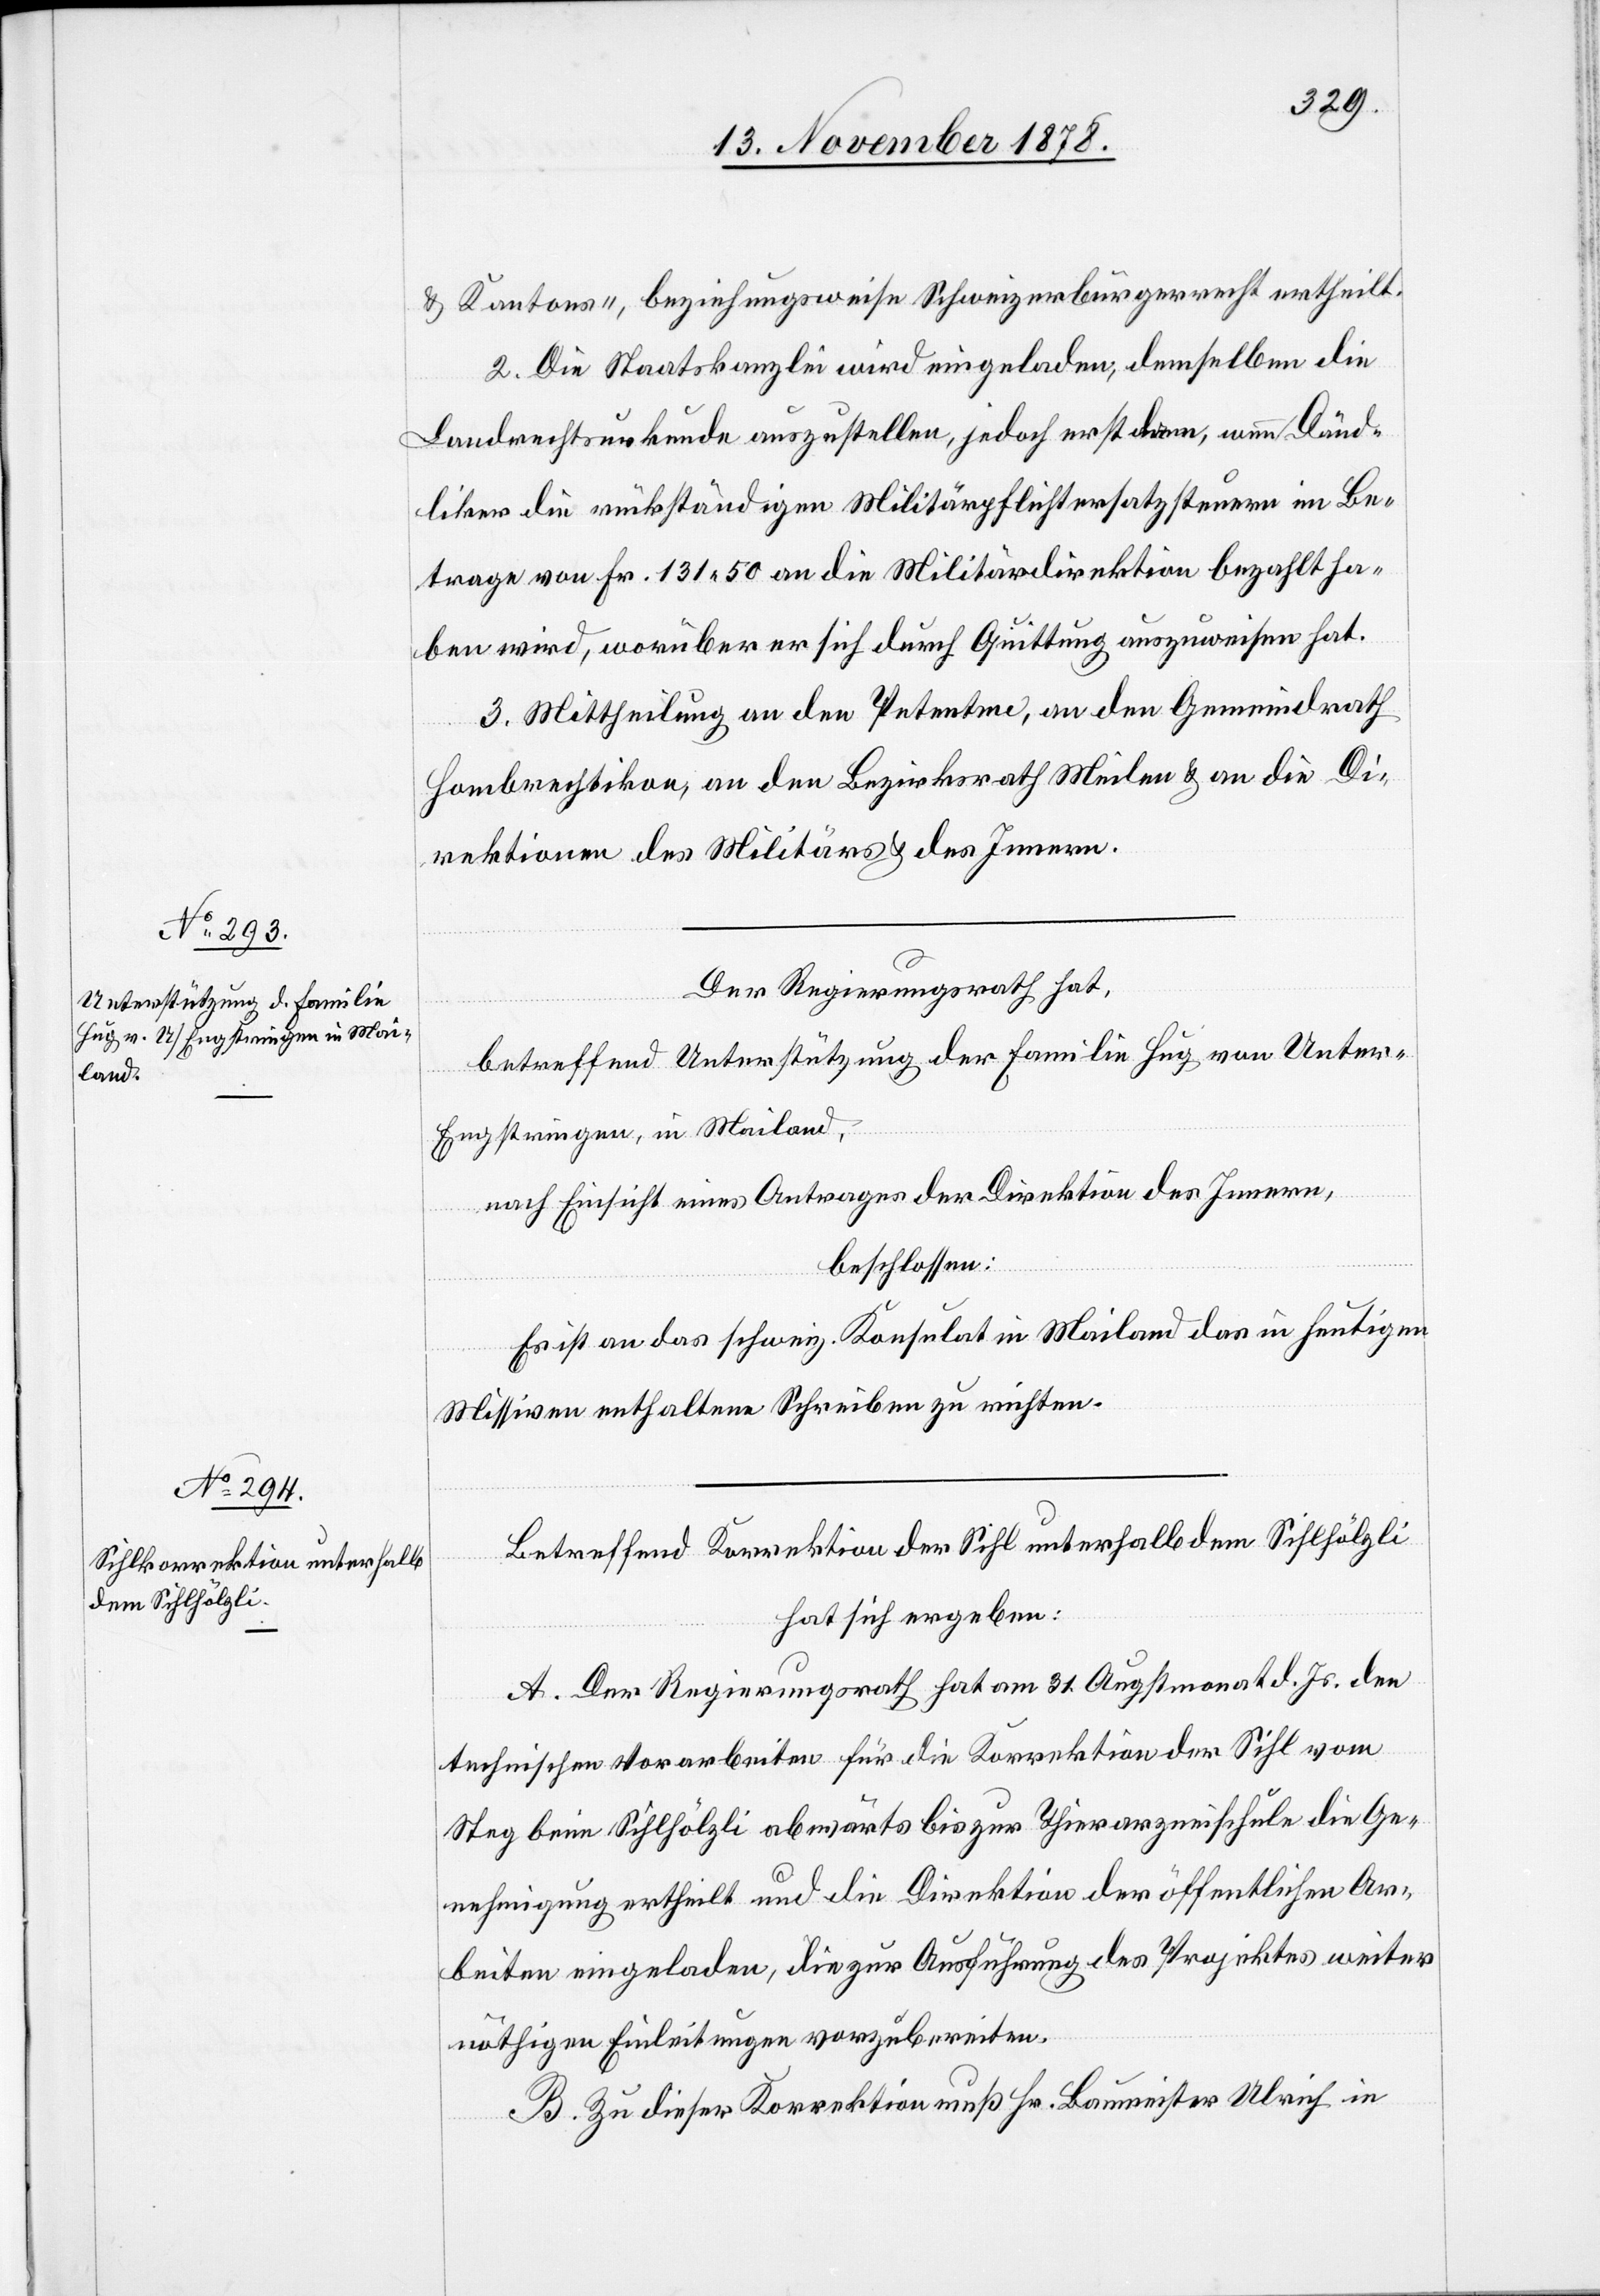
& Kantons-, beziehungsweise Schweizerbürgerrecht ertheilt.
2. Die Staatskanzlei wird eingeladen, demselben die
Landrechtsurkunde auszustellen, jedoch erst dann, wenn Dänd¬
liker die rückständigen Militärpflichtersatzsteuern im Be¬
trage von Fr. 131 50 an die Militärdirektion bezahlt ha¬
ben wird, worüber er sich durch Quittung auszuweisen hat.
3. Mittheilung an den Petenten, an den Gemeindrath
Hombrechtikon, an den Bezirksrath Meilen & an die Di¬
rektionen des Militärs & des Innern.
Der Regierungsrath hat,
betreffend Unterstützung der Familie Hug von Unte¬
r-Engstringen, in Mailand,
nach Einsicht eines Antrages der Direktion des Innern,
beschlossen:
Es ist an das schweiz. Konsulat in Mailand das in heutigen
Missiven enthaltene Schreiben zu richten.
Betreffend Korrektion der Sihl unterhalb dem Sihlhölzli
hat sich ergeben:
A. Der Regierungsrath hat am 31. Augstmonat d. Js. den
technischen Vorarbeiten für die Korrektion der Sihl vom
Steg beim Sihlhözli abwärts bis zur Thierarzneischule die Ge¬
nehmigung ertheilt und die Direktion der öffentlichen Ar¬
beiten eingeladen, die zur Ausführung des Projektes weiter
nöthigen Einleitungen vorzubereiten.
B. Zu dieser Korrektion muß Hr. Baumeister Ulrich in